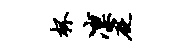
杯凛砭